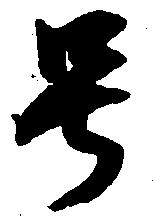
号